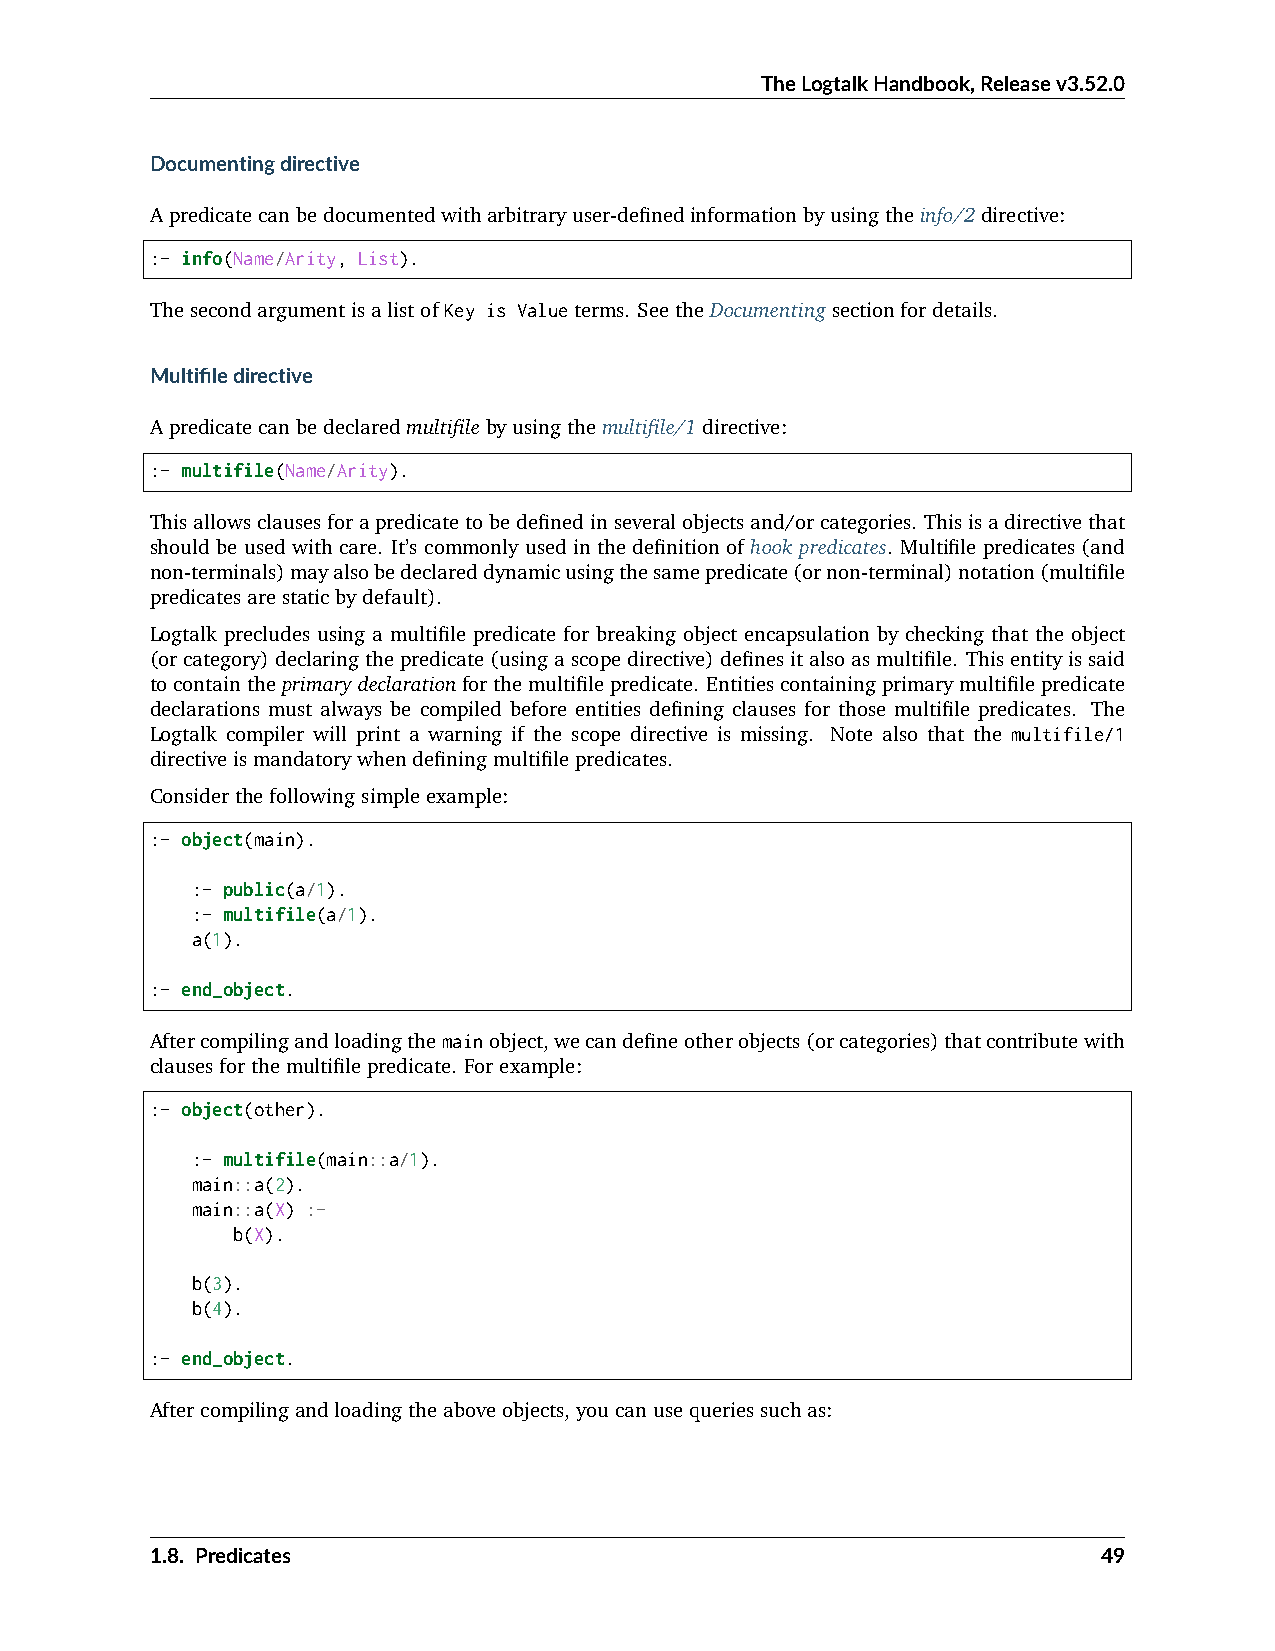
TheLogtalkHandbook,Releasev3.52.0
 Documentingdirective
 Apredicatecanbedocumentedwitharbitraryuser-definedinformationbyusingtheinfo/2directive:
 :- info(Name/Arity, List).
 ThesecondargumentisalistofKey is Valueterms. SeetheDocumentingsectionfordetails.
 Multifiledirective
 Apredicatecanbedeclaredmultifilebyusingthemultifile/1directive:
 :- multifile(Name/Arity).
 Thisallowsclausesforapredicatetobedefinedinseveralobjectsand/orcategories. Thisisadirectivethat
 should be used with care. It’s commonly used in the definition of hook predicates. Multifile predicates (and
 non-terminals)mayalsobedeclareddynamicusingthesamepredicate(ornon-terminal)notation(multifile
 predicatesarestaticbydefault).
 Logtalk precludes using a multifile predicate for breaking object encapsulation by checking that the object
 (orcategory)declaringthepredicate(usingascopedirective)definesitalsoasmultifile. Thisentityissaid
 tocontaintheprimarydeclarationforthemultifilepredicate. Entitiescontainingprimarymultifilepredicate
 declarations must always be compiled before entities defining clauses for those multifile predicates. The
 Logtalk compiler will print a warning if the scope directive is missing. Note also that the multifile/1
 directiveismandatorywhendefiningmultifilepredicates.
 Considerthefollowingsimpleexample:
 :- object(main).
 :- public(a/1).
 :- multifile(a/1).
 a(1).
 :- end_object.
 Aftercompilingandloadingthemainobject,wecandefineotherobjects(orcategories)thatcontributewith
 clausesforthemultifilepredicate. Forexample:
 :- object(other).
 :- multifile(main::a/1).
 main::a(2).
 main::a(X) :-
 b(X).
 b(3).
 b(4).
 :- end_object.
 Aftercompilingandloadingtheaboveobjects,youcanusequeriessuchas:
 1.8. Predicates                                                49